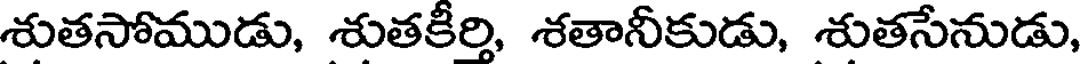
శుతసోముడు, శుతకీర్తి, శతానీకుడు, శుతసేనుడు,